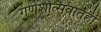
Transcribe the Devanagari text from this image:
गणेशोत्सवातही